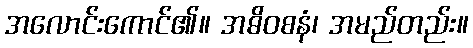
အလောင်းကောင်၏။ အဓိဝစနံ၊ အမည်တည်း။